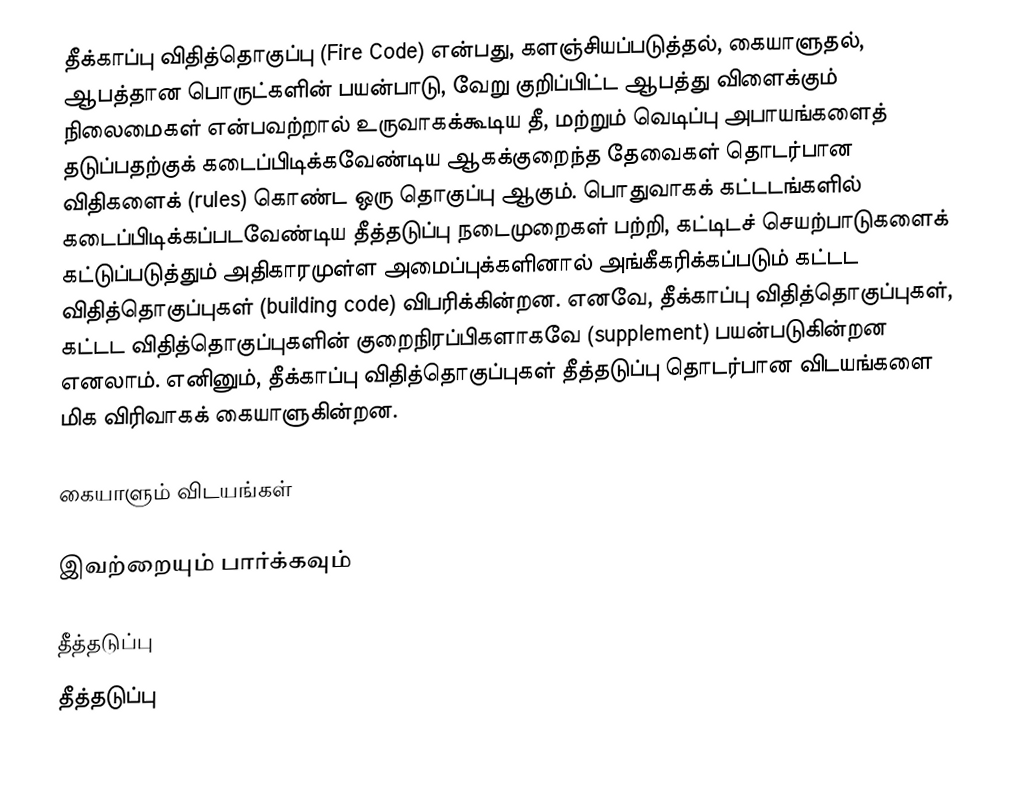
தீக்காப்பு விதித்தொகுப்பு (Fire Code) என்பது, களஞ்சியப்படுத்தல், கையாளுதல், ஆபத்தான பொருட்களின் பயன்பாடு, வேறு குறிப்பிட்ட ஆபத்து விளைக்கும் நிலைமைகள் என்பவற்றால் உருவாகக்கூடிய தீ, மற்றும் வெடிப்பு அபாயங்களைத் தடுப்பதற்குக் கடைப்பிடிக்கவேண்டிய ஆகக்குறைந்த தேவைகள் தொடர்பான விதிகளைக் (rules) கொண்ட ஒரு தொகுப்பு ஆகும். பொதுவாகக் கட்டடங்களில் கடைப்பிடிக்கப்படவேண்டிய தீத்தடுப்பு நடைமுறைகள் பற்றி, கட்டிடச் செயற்பாடுகளைக் கட்டுப்படுத்தும் அதிகாரமுள்ள அமைப்புக்களினால் அங்கீகரிக்கப்படும் கட்டட விதித்தொகுப்புகள் (building code) விபரிக்கின்றன. எனவே, தீக்காப்பு விதித்தொகுப்புகள்,  கட்டட விதித்தொகுப்புகளின் குறைநிரப்பிகளாகவே (supplement) பயன்படுகின்றன எனலாம். எனினும், தீக்காப்பு விதித்தொகுப்புகள் தீத்தடுப்பு தொடர்பான விடயங்களை மிக விரிவாகக் கையாளுகின்றன.

கையாளும் விடயங்கள்

இவற்றையும் பார்க்கவும்

 தீத்தடுப்பு
தீத்தடுப்பு